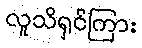
လူသိရှင်ကြား